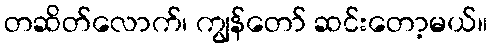
တဆိတ်လောက်၊ ကျွန်တော် ဆင်းတော့မယ်။